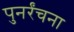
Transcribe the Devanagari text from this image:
पुनर्रंचना